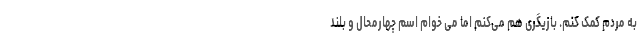
به مردم کمک کنم. بازیگری هم می‌کنم اما می خوام اسم چهارمحال و بلند